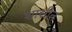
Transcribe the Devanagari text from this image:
शासीत